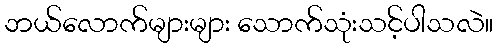
ဘယ်လောက်များများ သောက်သုံးသင့်ပါသလဲ။